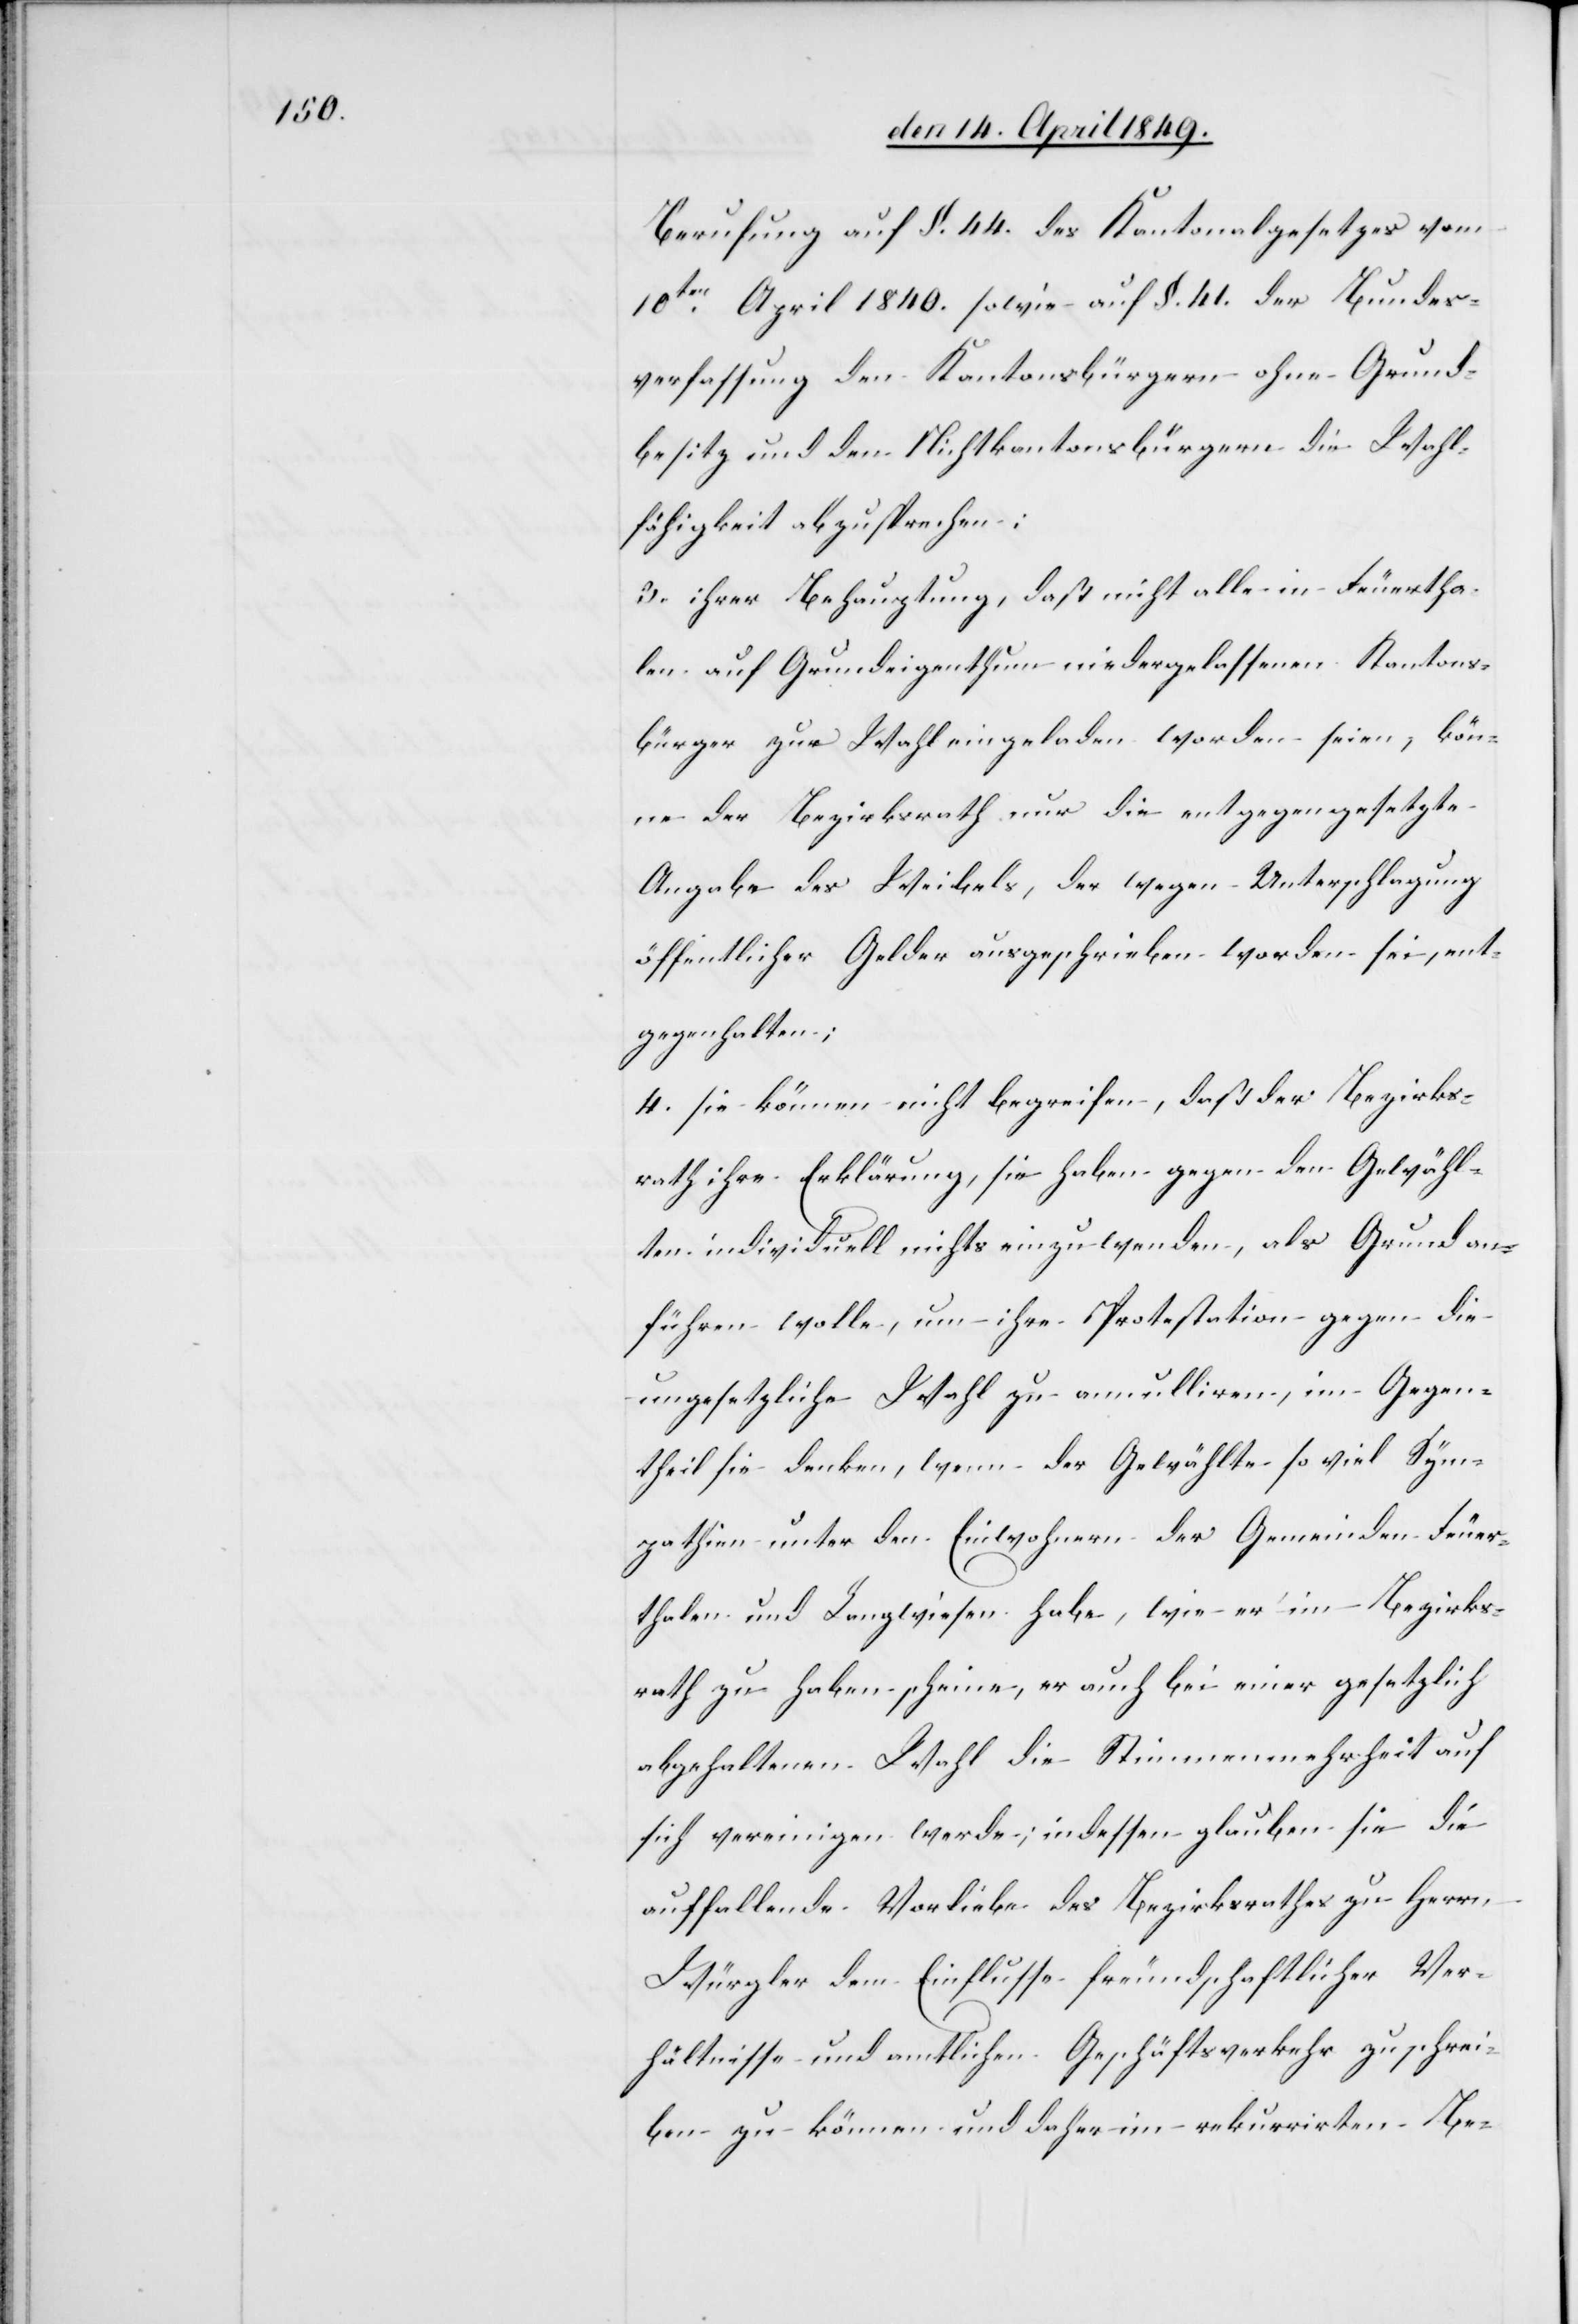
Berufung auf §. 44. des Kantonalgesetzes vom
10ten April 1840. sowie auf §. 41. der Bundes¬
verfassung den Kantonsbürgern ohne Grund¬
besitz und den Nichtkantonsbürgern die Wahl¬
fähigkeit abzusprechen:
3. ihrer Behauptung, daß nicht alle in Feuertha¬
len auf Grundeigenthum niedergelassenen Kantons¬
bürger zur Wahl eingeladen worden seien, kön¬
ne der Bezirksrath nur die entgegengesetzte
Angabe des Weibels, der wegen Unterschlagung
öffentlicher Gelder ausgeschrieben worden sei, ent¬
gegenhalten;
4. sie können nicht begreifen, daß der Bezirks¬
rath ihre Erklärung, sie haben gegen den Gewähl¬
ten individuell nichts einzuwenden, als Grund an¬
führen wolle, um ihre Protestation gegen die
ungesetzliche Wahl zu annuliren, im Gegen¬
theil sie denken, wenn der Gewählte so viel Sym¬
pathien unter den Einwohnern der Gemeinden Feuer¬
thalen und Langwiesen, er auch bei einer gesetzlich
abgehaltenen Wahl die Stimmenmehrheit auf
sich vereinigen werde; indessen glauben sie die
auffallende Vorliebe des Bezirksrathes zu Herrn
Würgler dem Einflusse freundschaftlicher Ver¬
hältnisse und amtlichen Geschäftsverkehr zu schrei¬
ben zu können und daher im rekurrirten Be-